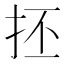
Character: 抷